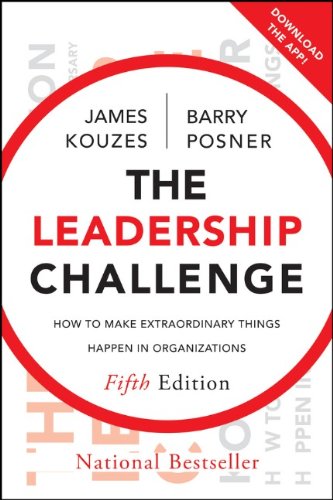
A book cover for The Leadership Challenge: How to Make Extraordinary Things Happen in Organizations; James M. Kouzes; Business & Money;